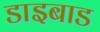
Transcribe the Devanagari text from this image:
डाइबाड